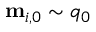
\mathbf { m } _ { i , 0 } \sim q _ { 0 }